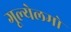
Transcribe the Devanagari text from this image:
गूल्येलमो